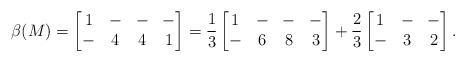
LaTeX: \begin{align*}\beta(M) = \begin{bmatrix}1&-&-&-\\-&4&4&1\end{bmatrix} =\frac{1}{3} \begin{bmatrix}1&-&-&-\\-&6&8&3\end{bmatrix}+\frac{2}{3} \begin{bmatrix}1&-&-\\-&3&2\end{bmatrix}.\end{align*}